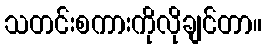
သတင်းစကားကိုလိုချင်တာ။